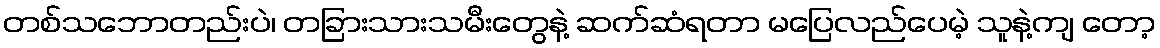
တစ်သဘောတည်းပဲ၊ တခြားသားသမီးတွေနဲ့ ဆက်ဆံရတာ မပြေလည်ပေမဲ့ သူနဲ့ကျ တော့